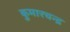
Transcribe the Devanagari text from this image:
कुमारचन्द्र